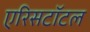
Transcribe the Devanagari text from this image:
एरिसटॉटल